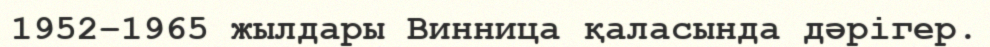
1952–1965 жылдары Винница қаласында дәрігер.